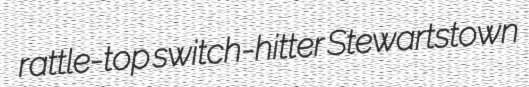
rattle-top switch-hitter Stewartstown